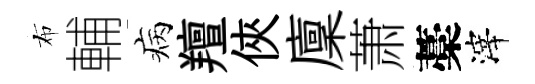
布輔病羶俠廩萧藁滓